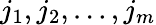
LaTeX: j_{1},j_{2},\dots,j_{m}